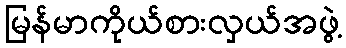
မြန်မာကိုယ်စားလှယ်အဖွဲ့